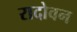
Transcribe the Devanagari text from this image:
रादोवन